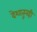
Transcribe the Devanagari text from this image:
देशातूनही